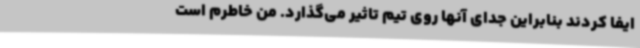
ایفا کردند بنابراین جدای آنها روی تیم تاثیر می‌گذارد. من خاطرم است